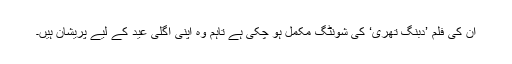
ان کی فلم ’دبنگ تھری‘ کی شونٹگ مکمل ہو چکی ہے تاہم وہ اپنی اگلی عید کے لیے پریشان ہیں۔